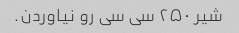
شیر ۲۵۰ سی سی رو نیاوردن.